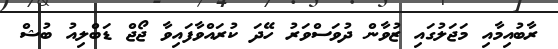
ރާބުއިމާއި މަޖަލުގައި ޒުވާން ދުވަސްވަރު ހޭދަ ކުރައްވާފައިވާ ޖޯޖް ޑަބްލިއު ބުޝް